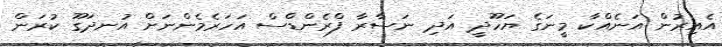
އެއިރުން އަނެއްކާ މީނަގެ ޔަހޫދީ އަދި ނަސާރާ ފްރެންޑްސް އަހަރެމެންނަށް އުނދަގޫ ކުރަން